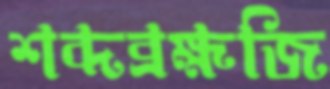
শব্দব্রহ্মজি